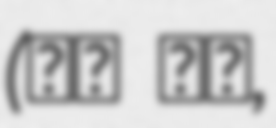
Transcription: (鈴木 史哉,